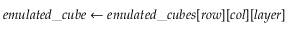
e m u l a t e d \_ c u b e \gets e m u l a t e d \_ c u b e s [ r o w ] [ c o l ] [ l a y e r ]